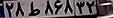
۲۸ط۸۶۸۳۲